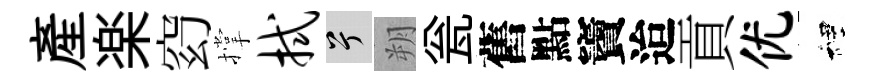
産楽𥥆撑拭兮朔瓮舊點竇迨貢优裡